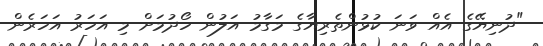
"ދުނިޔޭގެ އެއް ވަނަ ކުޅުންތެރިޔާގެ މަގާމު އަލުން ހޯދުމަށް މި އަހަރު އަހަރެން